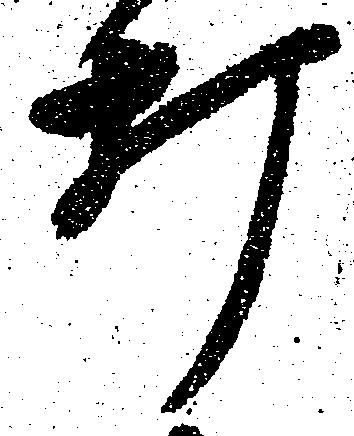
打